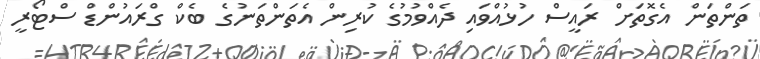
ތަންތަން އެގޮތަށް ރައީސް ހުޅުއްވައި ދެއްވުމުގެ ކުރިން އެތަންތަނުގެ ބެކް ގްރައުންޑް ސްޓޯރީ